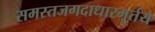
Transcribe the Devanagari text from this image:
समस्तजगदाधारमूर्तये